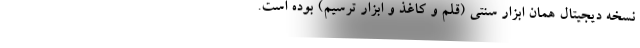
نسخه دیجیتال همان ابزار سنتی (قلم و کاغذ و ابزار ترسیم) بوده است.